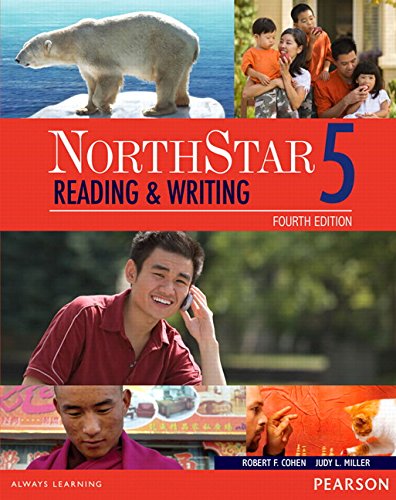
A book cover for NorthStar Reading and Writing 5 with MyEnglishLab (4th Edition); Robert Cohen; Reference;